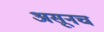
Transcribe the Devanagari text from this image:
असूनच